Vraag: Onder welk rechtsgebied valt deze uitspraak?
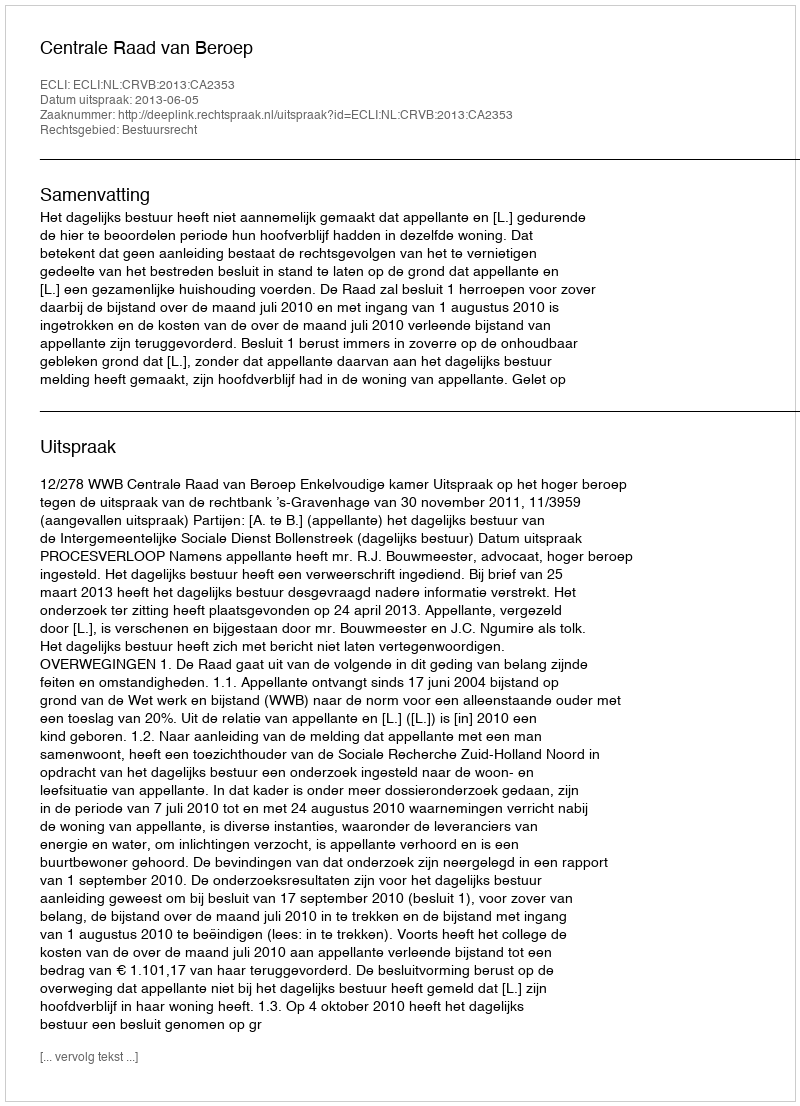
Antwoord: Bestuursrecht